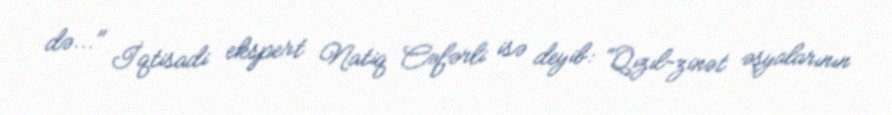
də..." İqtisadi ekspert Natiq Cəfərli isə deyib: “Qızıl-zinət əşyalarının